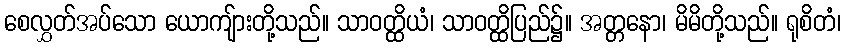
စေလွှတ်အပ်သော ယောကျ်ားတို့သည်။ သာဝတ္ထိယံ၊ သာဝတ္ထိပြည်၌။ အတ္တနော၊ မိမိတို့သည်။ ရုစိတံ၊